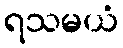
ရသမယံ